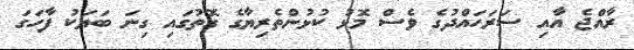
ރާއްޖެ އާއި ސަރަހައްދުގެ ވެސް މޮޅު ކުޅުންތެރިޔާގެ ގޮތުގައި ގިނަ ބަޔަކު ފާހަގަ